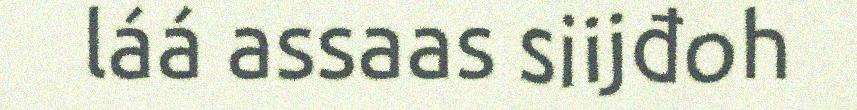
láá assaas siijđoh